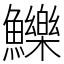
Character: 鱳